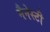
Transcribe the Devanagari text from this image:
मैनेस्टी